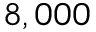
8 , 0 0 0